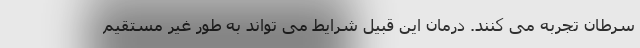
سرطان تجربه می کنند. درمان این قبیل شرایط می تواند به طور غیر مستقیم